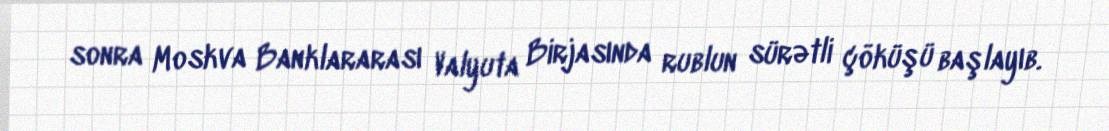
sonra Moskva Banklararası Valyuta Birjasında rublun sürətli çöküşü başlayıb.